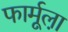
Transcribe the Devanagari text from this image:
फार्मूला़